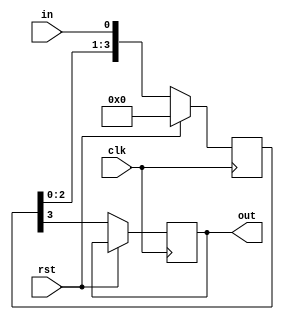
module siso(clk,rst,in,out);

	input clk,rst,in;
	output reg out;
	reg [3:0]q;

always@(posedge clk)
begin

	if(rst)
		q<=4'b0000;
	else
	begin
		q<={q[2:0],in};
		out<=q[3];
	end
end
endmodule